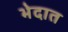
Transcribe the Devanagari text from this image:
भेदात